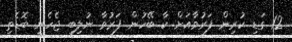
12 ގަޑި ކުރިން ފަރުވާއަށް ކާ ބޭހުން ފަރުވާ ނުލިބި ޖެހެނީ ބޮޑެތި